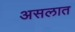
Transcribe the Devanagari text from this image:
असलात